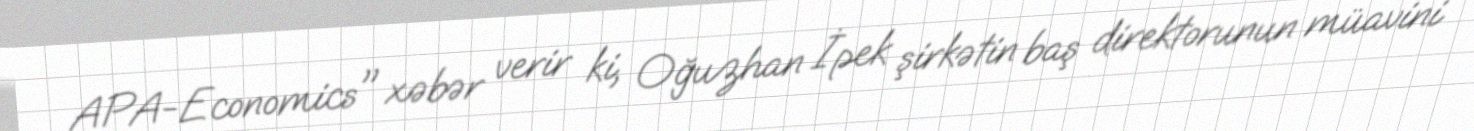
APA-Economics" xəbər verir ki, Oğuzhan İpek şirkətin baş direktorunun müavini